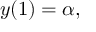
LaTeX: y ( 1 ) = \alpha ,